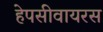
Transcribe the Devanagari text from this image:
हेपसीवायरस